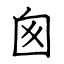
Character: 囪